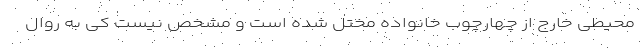
محیطی خارج از چهارچوب خانواده مختل شده است و مشخص نیست کی به روال